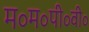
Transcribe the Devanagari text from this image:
म॰म॰पी॰वी॰